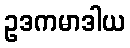
ဥဒကမာဒါယ